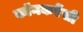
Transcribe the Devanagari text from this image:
कॉनकरेंसी